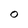
Character: O